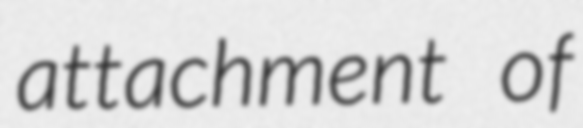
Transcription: attachment of